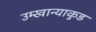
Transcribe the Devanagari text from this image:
उम्खान्याकुड